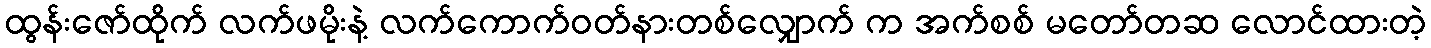
ထွန်းဇော်ထိုက် လက်ဖမိုးနဲ့ လက်ကောက်ဝတ်နားတစ်လျှောက် က အက်စစ် မတော်တဆ လောင်ထားတဲ့